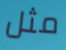
مثل